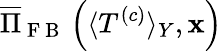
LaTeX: \overline{{\Pi}}_{\mathrm{~F~B~}}\left(\langle T^{\left(c\right)}\rangle_{Y},\mathbf{x}\right)